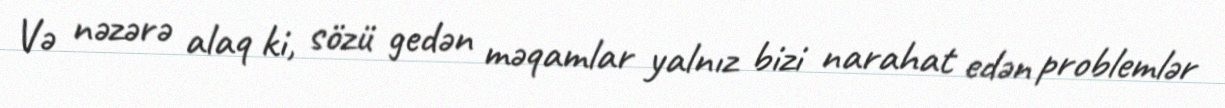
Və nəzərə alaq ki, sözü gedən məqamlar yalnız bizi narahat edən problemlər